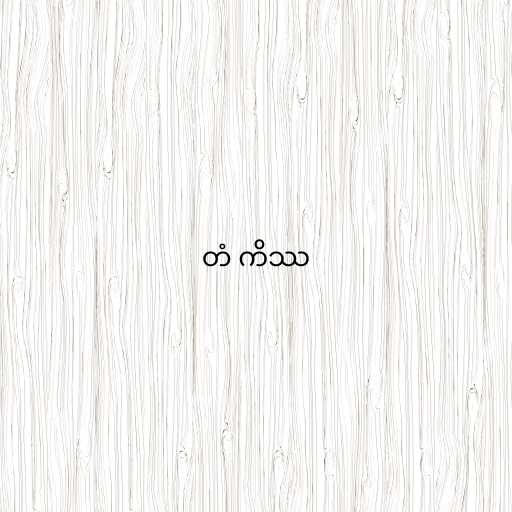
တံ ကိဿ